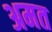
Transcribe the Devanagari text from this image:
अमत